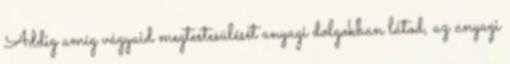
Addig amíg vágyaid megtestesülését anyagi dolgokban látod, az anyagi